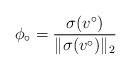
LaTeX: \begin{align*} \phi_{\circ} = \frac{\sigma(v^{\circ})}{\Vert \sigma(v^{\circ})\Vert_2}\end{align*}